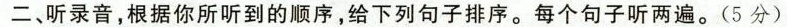
二、听录音,根据你所听到的顺序,给下列句子排序。每个句子听两遍。(5分)